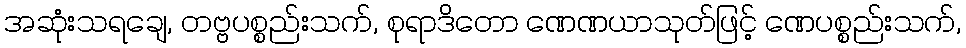
အဆုံးသရချေ, တဗ္ဗပစ္စည်းသက်, စုရာဒိတော ဏေဏယာသုတ်ဖြင့် ဏေပစ္စည်းသက်,